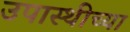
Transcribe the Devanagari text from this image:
उपास्थीच्या